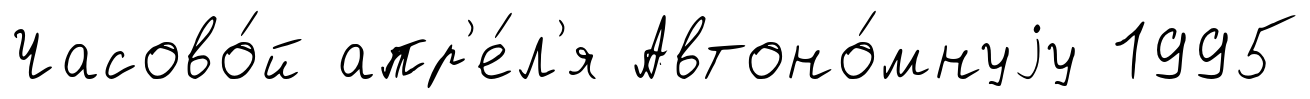
Часово́й апр'е́л'я Автоно́мнуjу 1995